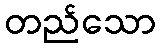
တည်သော